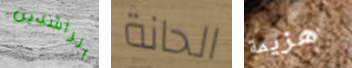
الراشدين الحانة هزيمة